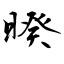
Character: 暌